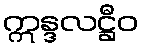
ဣန္ဒလဋ္ဌီဝ